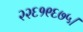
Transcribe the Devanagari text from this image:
२२६१९६७५।